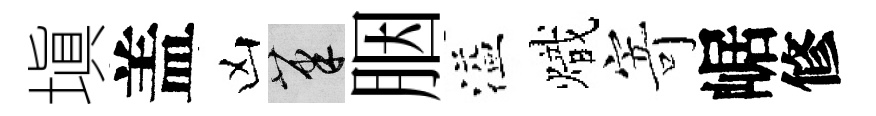
塡盖凶筆胭溢熾寄崌修